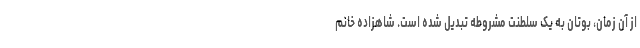
از آن زمان، بوتان به یک سلطنت مشروطه تبدیل شده است. شاهزاده خانم